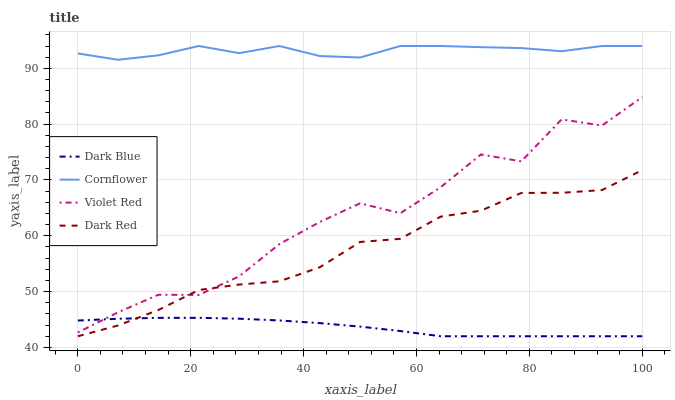
| xaxis_label | Dark Blue | Cornflower | Violet Red | Dark Red |
 | --- | --- | --- | --- | --- |
 | 0 | 44.8 | 92.7 | 42.7 | 42 |
 | 7.14 | 45.1 | 91.5 | 46.3 | 43.9 |
 | 14.3 | 45.3 | 92.3 | 49.4 | 46.7 |
 | 21.4 | 45.3 | 94 | 49.4 | 50.3 |
 | 28.6 | 45.1 | 92.7 | 52.7 | 51.3 |
 | 35.7 | 44.8 | 94 | 58.5 | 51.8 |
 | 42.9 | 44.4 | 92.2 | 62.5 | 54.4 |
 | 50 | 43.7 | 91.9 | 65.8 | 58.9 |
 | 57.1 | 42.9 | 94 | 64 | 59.5 |
 | 64.3 | 42 | 94 | 68.7 | 63.4 |
 | 71.4 | 42 | 93.8 | 74.6 | 64.5 |
 | 78.6 | 42 | 93.6 | 73.3 | 67.7 |
 | 85.7 | 42 | 93.1 | 80.9 | 67.7 |
 | 92.9 | 42 | 94 | 79.7 | 68.2 |
 | 100 | 42 | 94 | 84.9 | 71.8 |